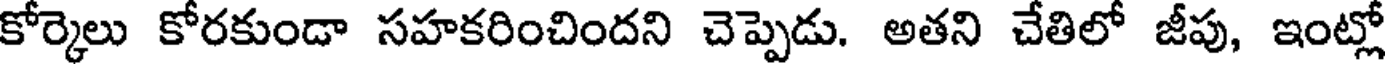
కోర్కెలు కోరకుండా సహకరించిందని చెప్పెడు. అతని చేతిలో జీపు, ఇంట్లో